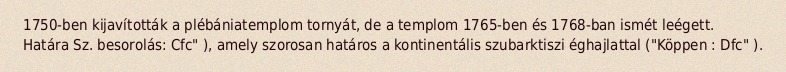
1750-ben kijavították a plébániatemplom tornyát, de a templom 1765-ben és 1768-ban ismét leégett. Határa Sz. besorolás: Cfc" ), amely szorosan határos a kontinentális szubarktiszi éghajlattal ("Köppen : Dfc" ).